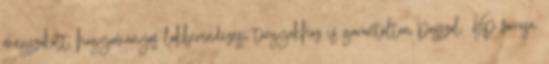
megszokott, hagyományos lakberendezési tárgyakhoz is garantáltan passzol. Kép forrása: